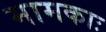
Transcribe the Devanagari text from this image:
मामकाः